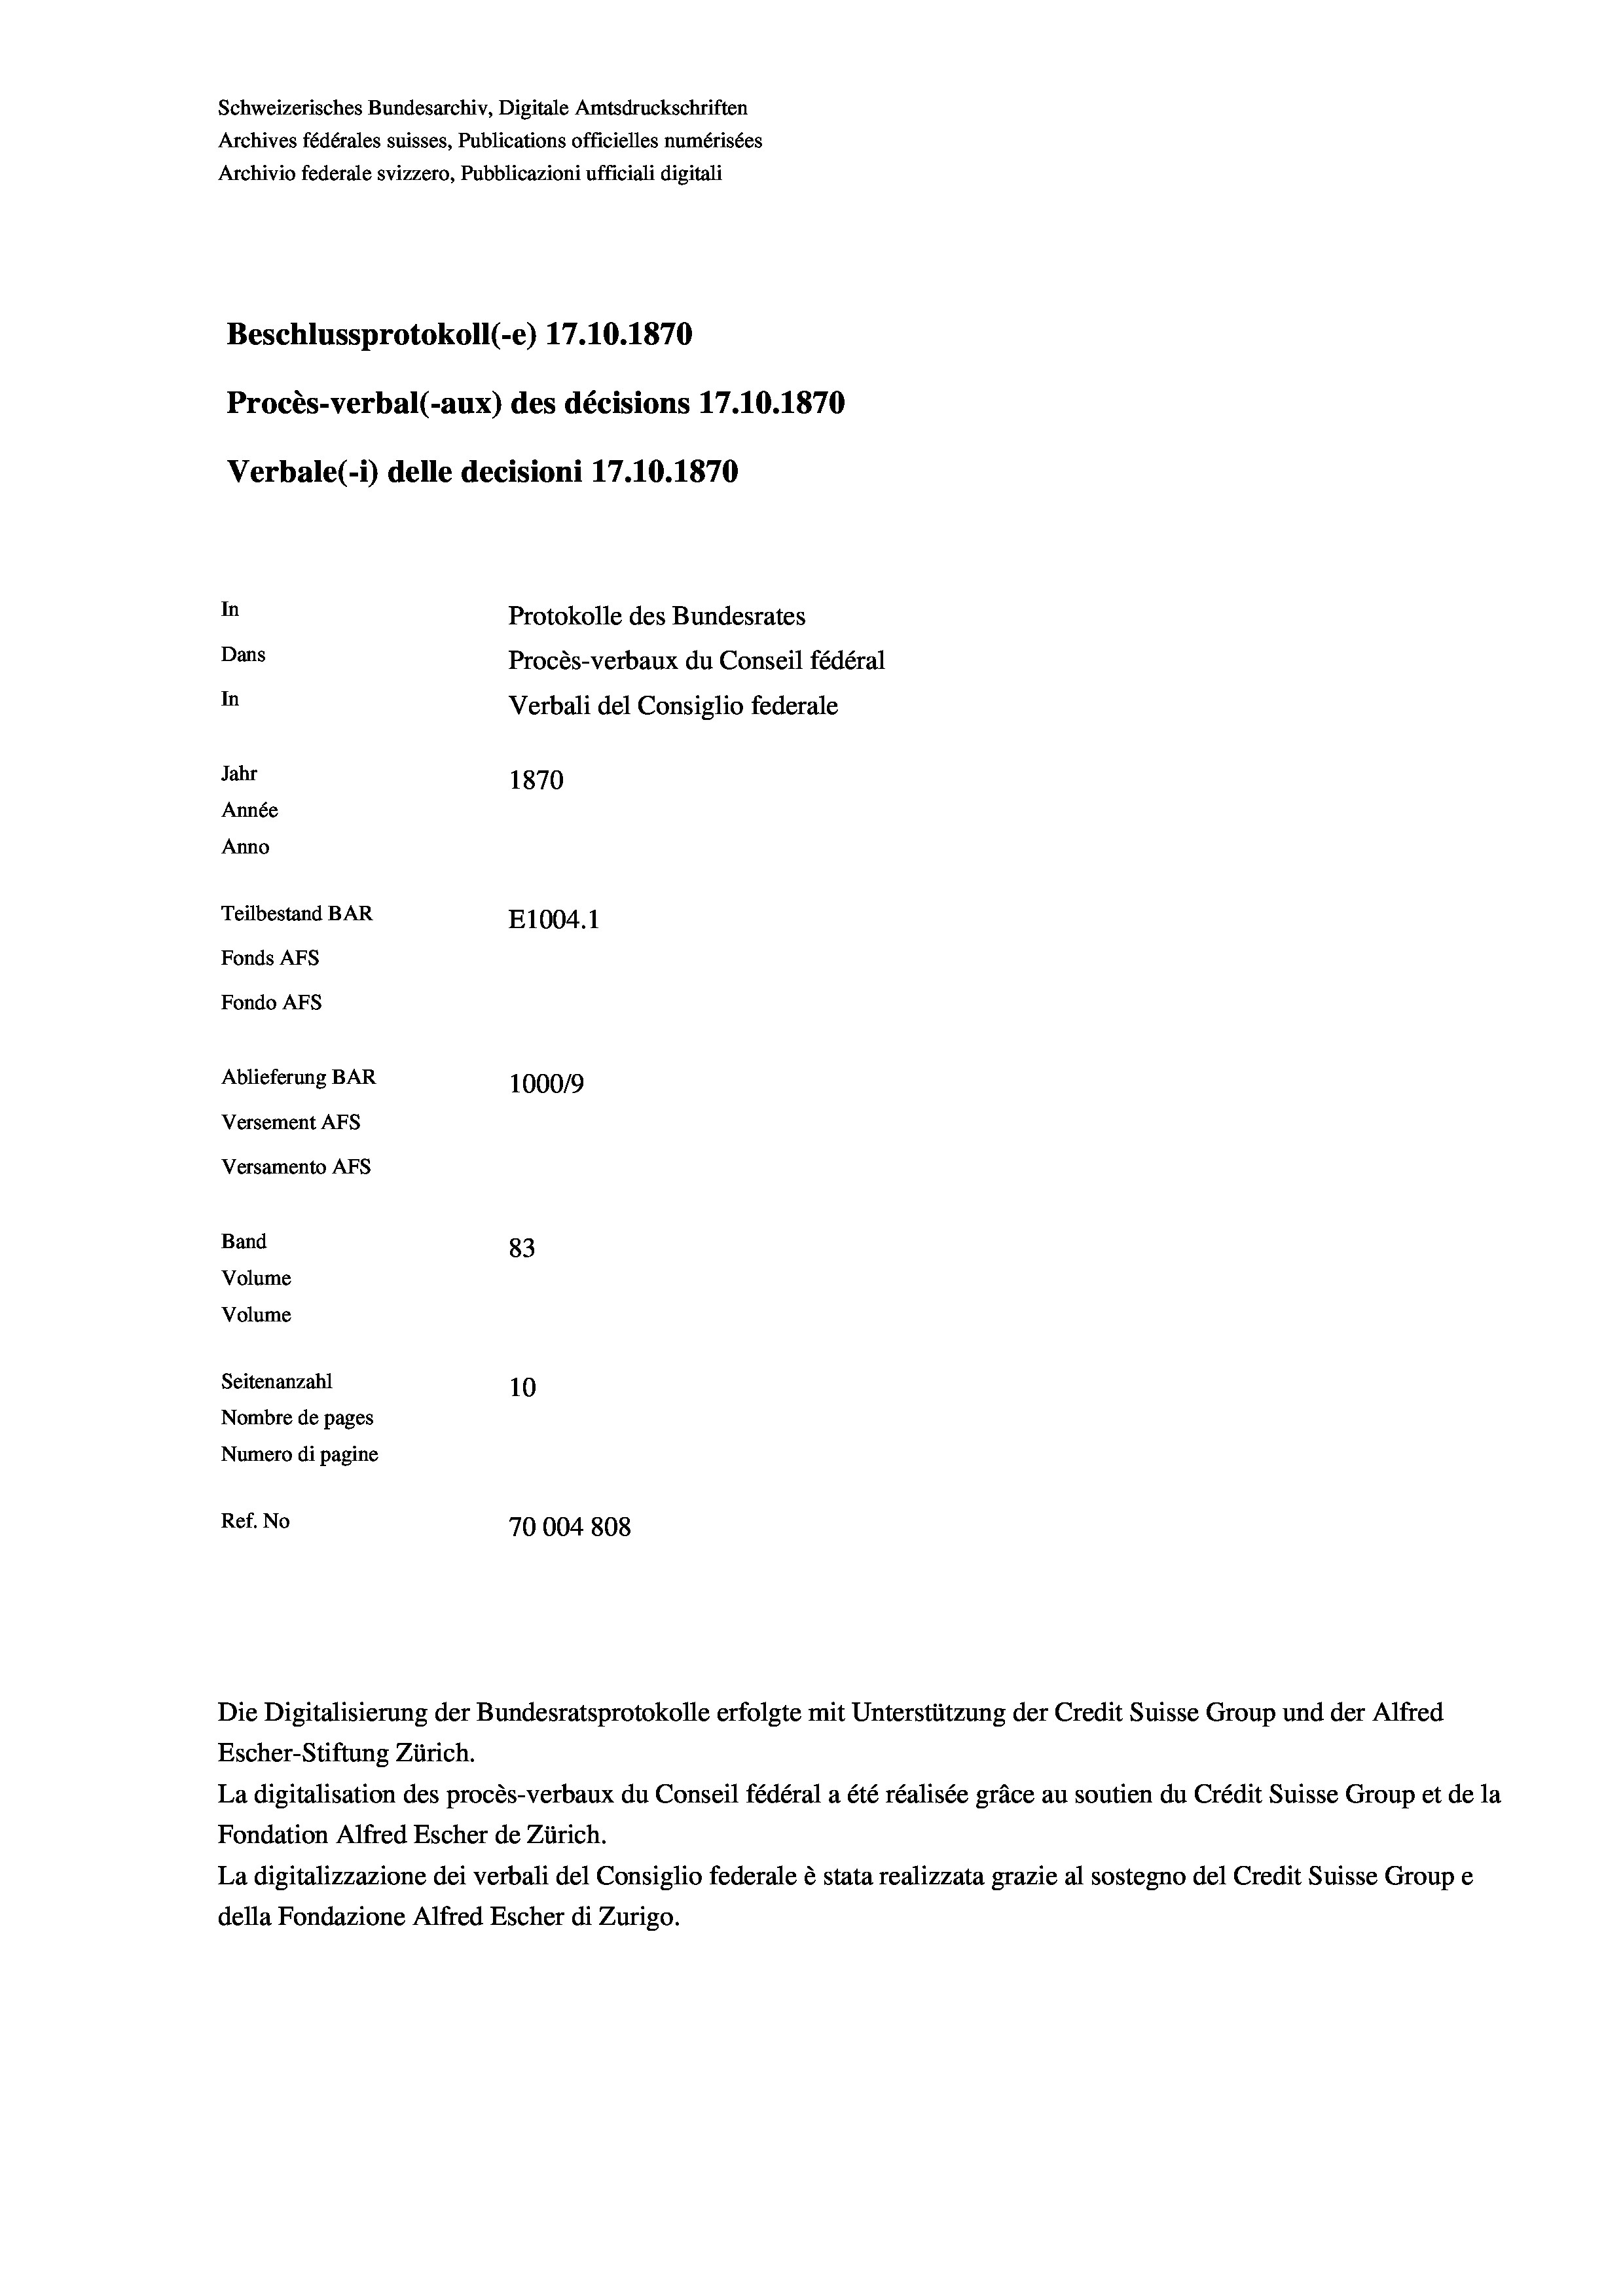
Schweizerisches Bundesarchiv, Digitale Amtsdruckschriften
Archives fédérales suisses, Publications officielles numérisées
Archivio federale svizzero, Pubblicazioni ufficiali digitali
Beschlussprotokoll (-e) 17.10.1870
Procès-verbal (-aux) des décisions 17.10.1870
Verbale (1) delle decisioni 17.10.1870
In
Protokolle des Bundesrates
Dans
Procès-verbaux du Conseil fédéral
In
Verbali del Consiglio federale
Jahr
1870
Année
Anno
Teilbestand BAR
E1004.1
Fonds Afs
Fondo AFs

Ablieferung BAR
Versement Abs
Versamento Afs
Band
Volume
Volume
Seitenanzahl

83
10
Nombre de pages
Numero di pagine
Ref. No
70004 808

1000/9

Die Digitalisierung der Bundesratsprotokolle erfolgte mit Unterstützung der Credit Suisse Group und der Alfred
Escher-Stiftung Zürich.
La digitalisation des procès-verbaux du Conseil fédéral a été réalisée gräce au soutien du Crédit Suisse Group et de la
Fondation Alfred Escher de Zürich.
La digitalizzazione dei verbali del Consiglio federale è stata realizzata grazie al sostegno del Credit Suisse Groupe
della Fondazione Alfred Escher di Zurigo.